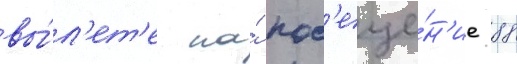
вы́л'ет'е на́ пос'еще́н'ие 88